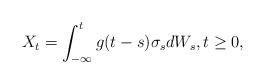
LaTeX: \begin{align*}X_t = \int_{-\infty}^t g(t-s) \sigma_s dW_s, t\geq 0,\end{align*}